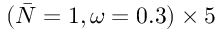
( \bar { N } = 1 , \omega = 0 . 3 ) \times 5